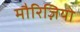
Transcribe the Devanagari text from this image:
मौरिज़ियो